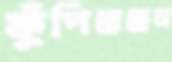
ফুঁপিয়েছেন